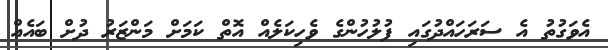
އެވަގުތު އެ ސަރަހައްދުގައި ފުލުހުންގެ ވެހިކަލެއް އޮތް ކަމަށް މަންޒަރު ދުށް ބައެއް